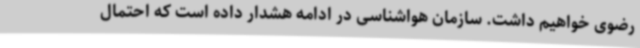
رضوی خواهیم داشت. سازمان هواشناسی در ادامه هشدار داده است که احتمال